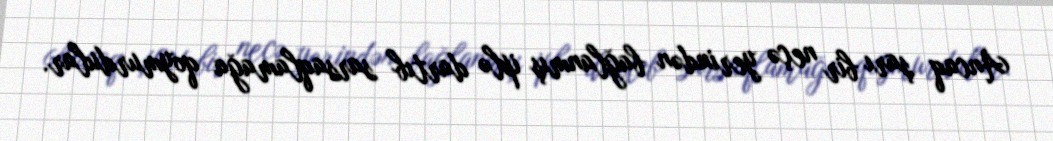
Ancaq şarı bir neçə yerindən bağlanmış iplə dartıb sarsaqlamağa qoymurdular.